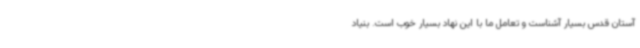
آستان قدس بسیار آشناست و تعامل ما با این نهاد بسیار خوب است. بنیاد